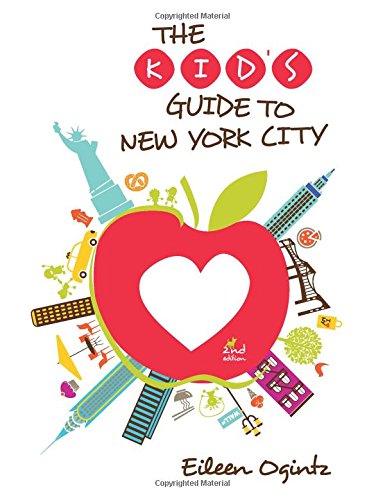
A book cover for Kid's Guide to New York City (Kid's Guides Series); Eileen Ogintz; Children's Books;